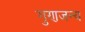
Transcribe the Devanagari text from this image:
गुणजन्य